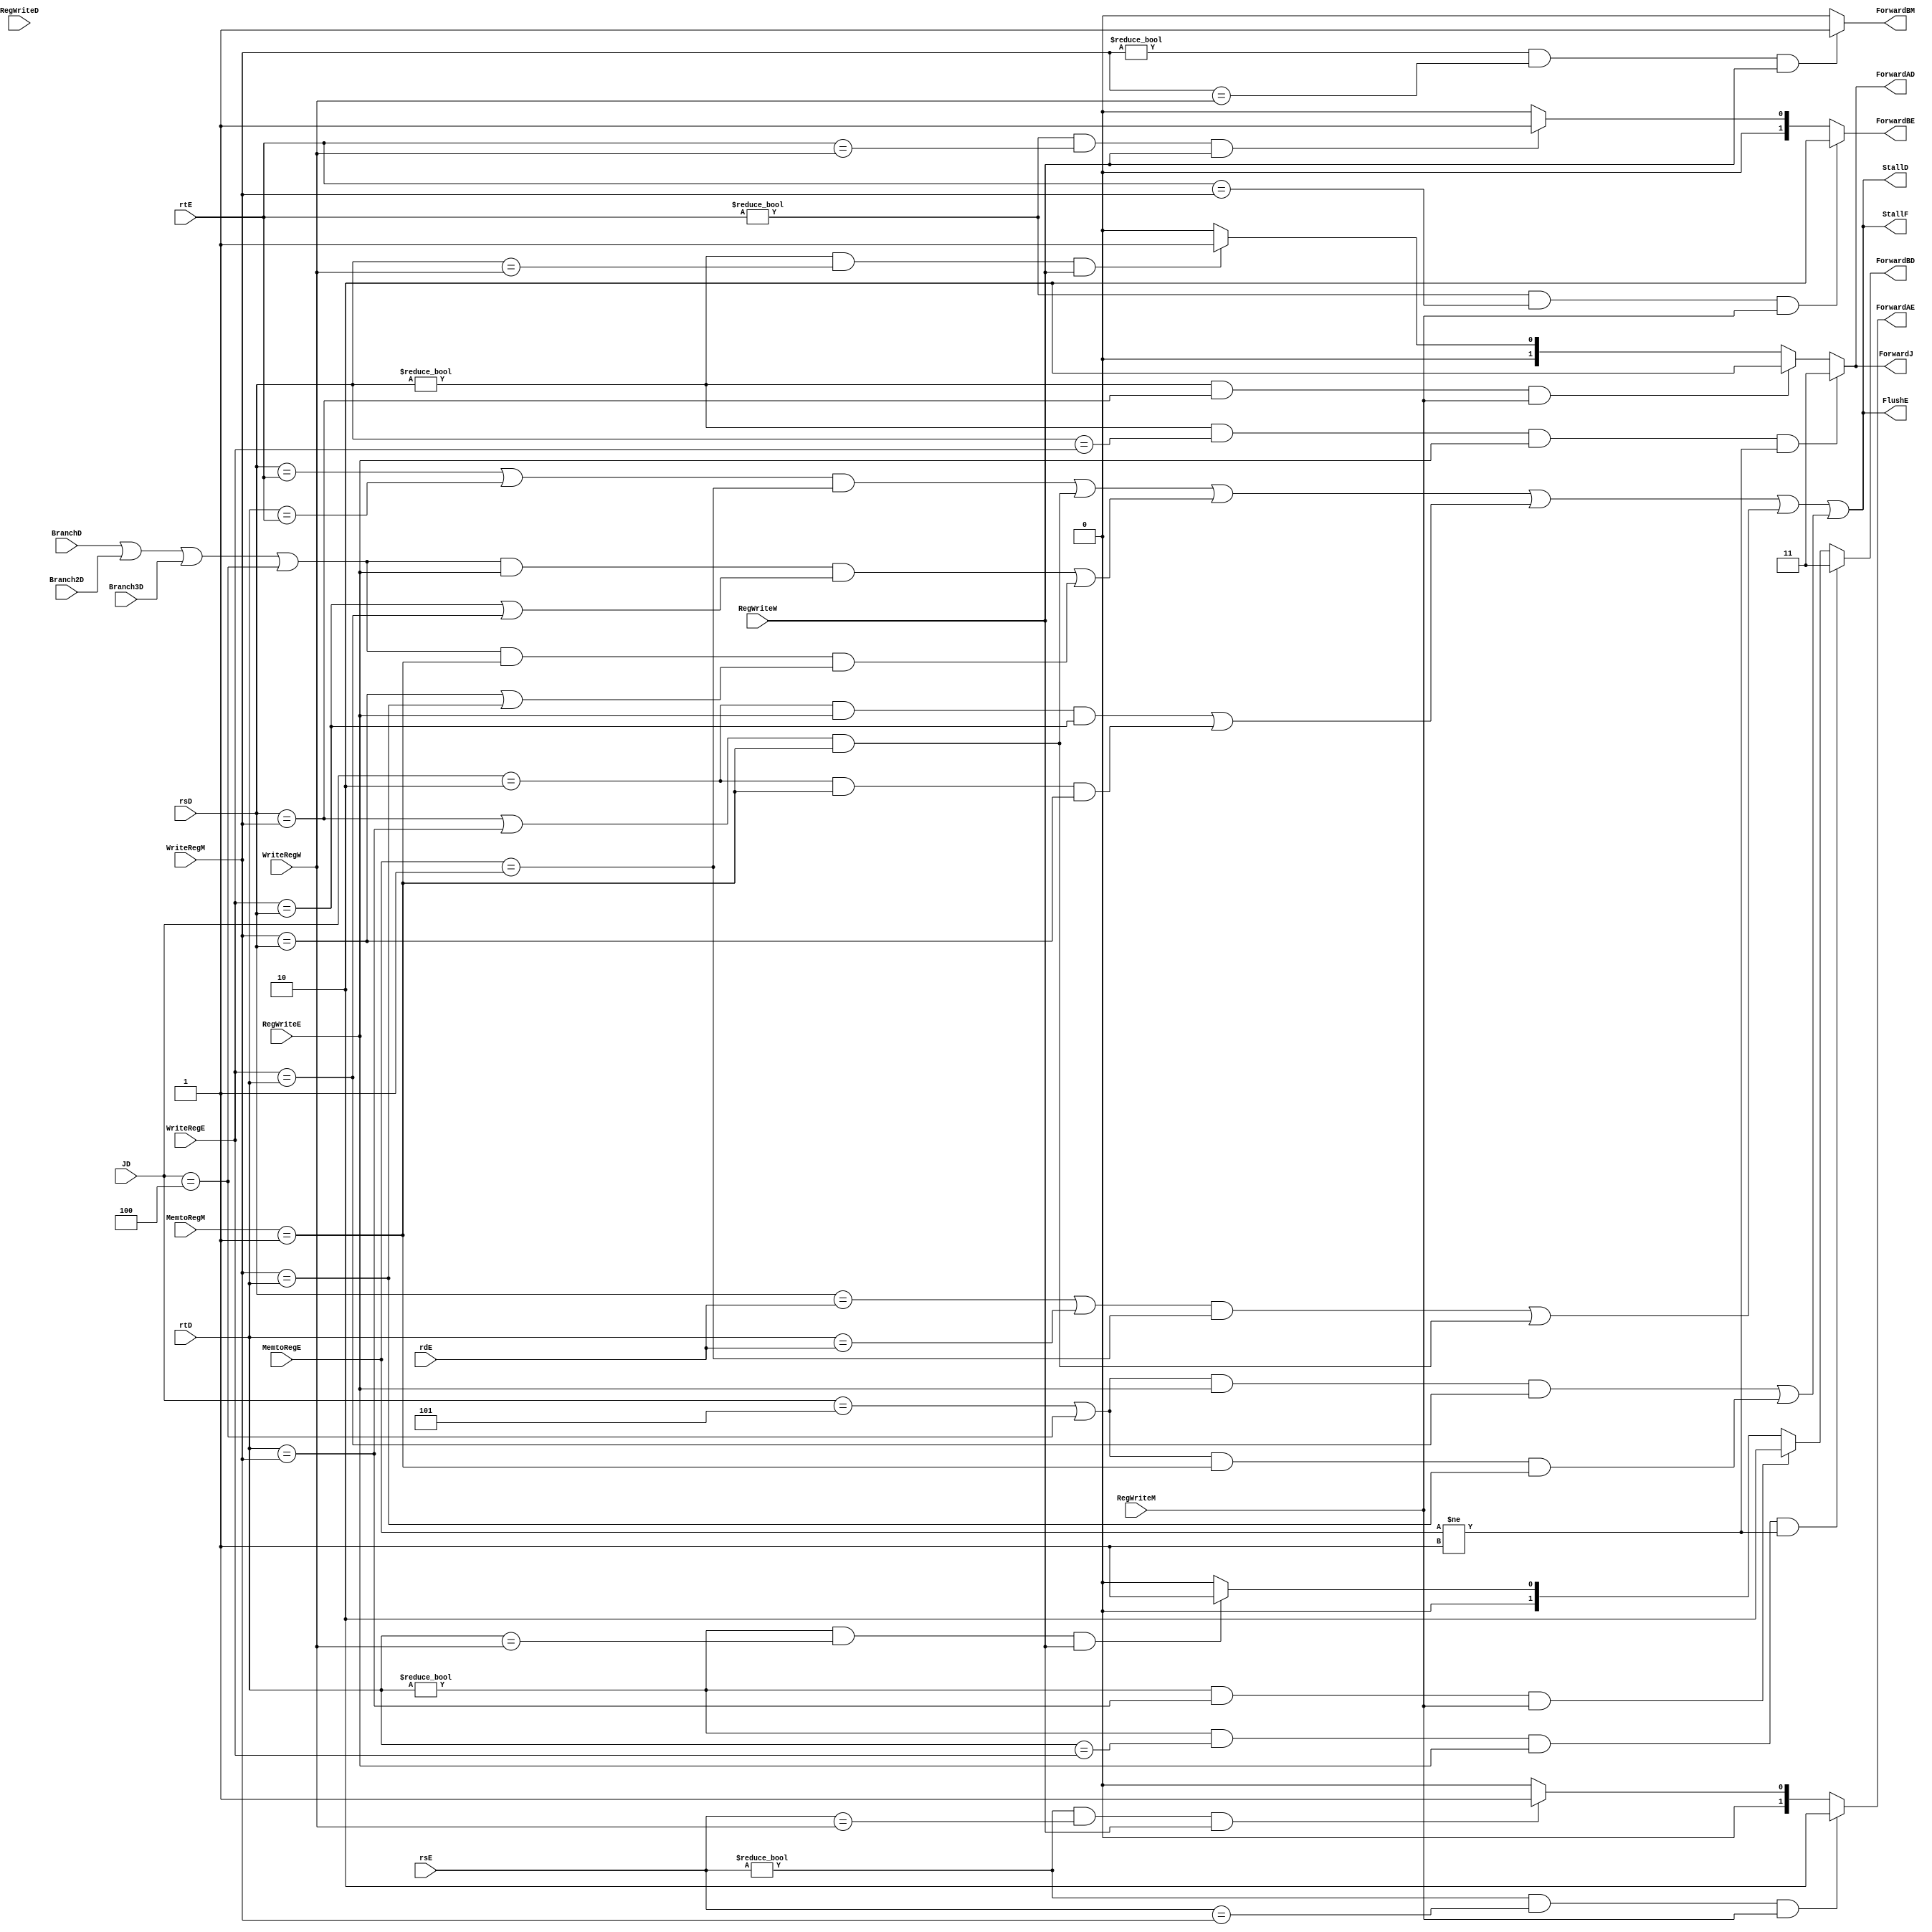
`timescale 1ns / 1ps
//////////////////////////////////////////////////////////////////////////////////
// Company: 
// Engineer: 
// 
// Design Name: 
// Module Name:    hazard 
// Project Name: 
// Target Devices: 
// Tool versions: 
// Description: 
//
// Dependencies: 
//
// Revision: 
// Revision 0.01 - File Created
// Additional Comments: 
//
//////////////////////////////////////////////////////////////////////////////////
module hazard(
	input [4:0]WriteRegW,
	input [4:0]WriteRegM,
	input [4:0]WriteRegE,

   input RegWriteD,
	input RegWriteW,
	input RegWriteM,
	input [1:0]MemtoRegM,
	input RegWriteE,
	input [1:0]MemtoRegE,
	input BranchD,
	input Branch2D,
	input Branch3D,
	input [2:0]JD,
	
	input [4:0]rsE,
	input [4:0]rtE,
	input [4:0]rdE,
	input [4:0]rsD,
	input [4:0]rtD,
	
	
	output [1:0]ForwardBE,
	output [1:0]ForwardAE,
	output FlushE,
	output [1:0]ForwardBD,
	output [1:0]ForwardAD,
	output ForwardBM,
	output [1:0]ForwardJ,
	output StallD,
	output StallF
	
    );
	 wire lwstall,branchstall,lw2stall,jrstall,jistall;
	 
	assign ForwardAE=(((rsE!=0)&(rsE==WriteRegM)&RegWriteM)?2'b10
							:(((rsE!=0)&(rsE==WriteRegW)&RegWriteW)?2'b01
							:2'b00)),
			 ForwardBE=(((rtE!=0)&(rtE==WriteRegM)&RegWriteM)?2'b10
							:(((rtE!=0)&(rtE==WriteRegW)&RegWriteW)?2'b01
							:2'b00)),

			 lwstall=(((rsD==rtE)|(rtD==rtE))&(MemtoRegE==2'b01))
						|(((rsD==WriteRegM)|(rtD==WriteRegM))&(MemtoRegM==2'b01)),
			 lw2stall=(((rsD==rdE)|(rtD==rdE))&(MemtoRegE==2'b01))
						|(((rsD==WriteRegM)|(rtD==WriteRegM))&(MemtoRegM==2'b01)),
			 ForwardAD=(((rsD!=0)&(rsD==WriteRegE)&RegWriteE&(MemtoRegE!=2'b01))?2'b11
							:(((rsD!=0)&(rsD==WriteRegM)&RegWriteM)?2'b10
							:(((rsD!=0)&(rsD==WriteRegW)&RegWriteW)?2'b01
							:2'b00))),
			 ForwardBD=(((rtD!=0)&(rtD==WriteRegE)&RegWriteE&(MemtoRegE!=2'b01))?2'b11
				         :(((rtD!=0)&(rtD==WriteRegM)&RegWriteM)?2'b10
							:(((rtD!=0)&(rtD==WriteRegW)&RegWriteW)?2'b01
							:2'b00))),
			 ForwardBM=((WriteRegM!=0)&(WriteRegM==WriteRegW)&RegWriteW)?1:0,
			 ForwardJ=(((rsD!=0)&(rsD==WriteRegE)&RegWriteE&(MemtoRegE!=2'b01))?2'b11
				         :(((rsD!=0)&(rsD==WriteRegM)&RegWriteM)?2'b10
							:(((rsD!=0)&(rsD==WriteRegW)&RegWriteW)?2'b01
							:2'b00))),
			 branchstall=//((JD==2'b10)&RegWriteE&((WriteRegE==rsD)|(WriteRegE==rtD)))
							//(RegWriteE&((WriteRegE==rsD)|(WriteRegE==rtD)))
							((BranchD|Branch2D|Branch3D|JD==3'b100)&RegWriteE&((WriteRegE==rsD)|(WriteRegE==rtD)))
							||((BranchD|Branch2D|Branch3D|JD==3'b100)&(MemtoRegM==2'b01)&((WriteRegM==rsD)|(WriteRegM==rtD))),
												
			 
			 jrstall= ((JD==3'b010)&RegWriteE&(WriteRegE==rsD))
						  ||((JD==3'b010)&(MemtoRegM==2'b01)&(WriteRegM==rsD)),
		    jistall= ((JD==3'b101|JD==3'b100)&RegWriteE&(WriteRegE==rtD))
						  ||((JD==3'b101|JD==3'b100)&(MemtoRegM==2'b01)&(WriteRegM==rtD)),
			 
			 //bgtzstall
			 
  			 
	//		 stall=RegWriteD&((WriteRegE==rsD)|(WriteRegE==rtD)),
			 StallF=lwstall|branchstall|jrstall|lw2stall|jistall,
			 StallD=lwstall|branchstall|jrstall|lw2stall|jistall,
			 FlushE=lwstall|branchstall|jrstall|lw2stall|jistall;			

endmodule